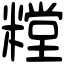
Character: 糛